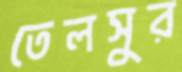
তেলসুর